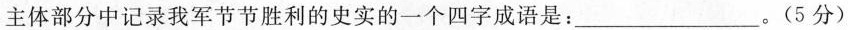
主体部分中记录我军节节胜利的史实的一个四字成语是：___。(5分)